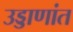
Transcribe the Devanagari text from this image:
उड्डाणांत